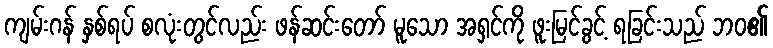
ကျမ်းဂန် နှစ်ရပ် စလုံးတွင်လည်း ဖန်ဆင်းတော် မူသော အရှင်ကို ဖူးမြင်ခွင့် ရခြင်းသည် ဘဝ၏